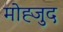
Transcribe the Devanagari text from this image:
मोह्जुद